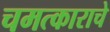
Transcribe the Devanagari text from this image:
चमत्काराचे